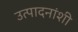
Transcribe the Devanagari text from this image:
उत्पादनांशी